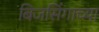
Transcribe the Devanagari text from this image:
बिजसिंगाच्या